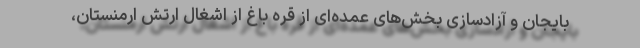
بایجان و آزادسازی بخش‌های عمده‌ای از قره باغ از اشغال ارتش ارمنستان،